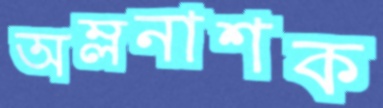
অম্লনাশক